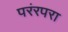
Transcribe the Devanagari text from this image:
परंरपरा